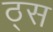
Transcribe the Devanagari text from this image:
ठ्स